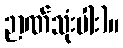
ဉာဏ်သုံးပါး)။